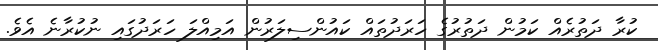
ކުރާ ދަތުރެއް ކަމުން ދަތުރުގެ ހަރަދުތައް ކައުންސިލަރުން އަމިއްލަ ހަރަދުގައި ނުކުރާނެ އެވެ.